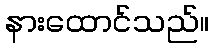
နားထောင်သည်။